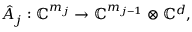
\hat { A } _ { j } : \mathbb { C } ^ { m _ { j } } \to \mathbb { C } ^ { m _ { j - 1 } } \otimes \mathbb { C } ^ { d } ,